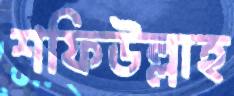
শফিউল্লাহ